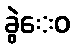
ခွဲေဝ